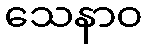
သေနာဝ